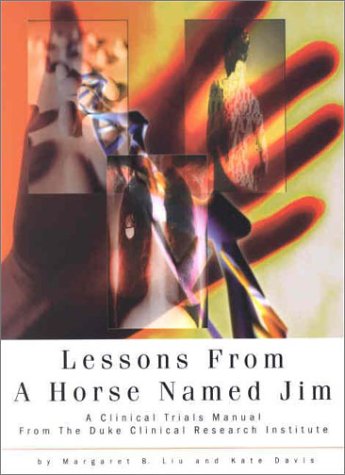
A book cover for Lessons from a Horse Named Jim: A Clinical Trials Manual from the Duke Clinical Research Institute; Margaret B. Liu; Medical Books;